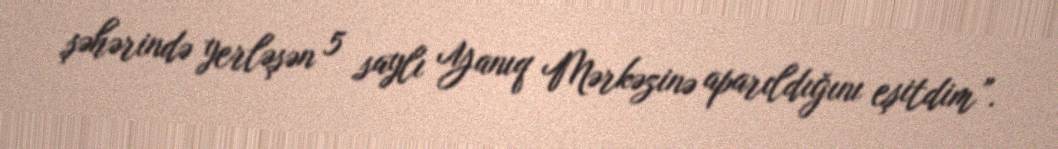
şəhərində yerləşən 5 saylı Yanıq Mərkəzinə aparıldığını eşitdim”.